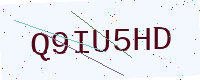
Text: Q9IU5HD